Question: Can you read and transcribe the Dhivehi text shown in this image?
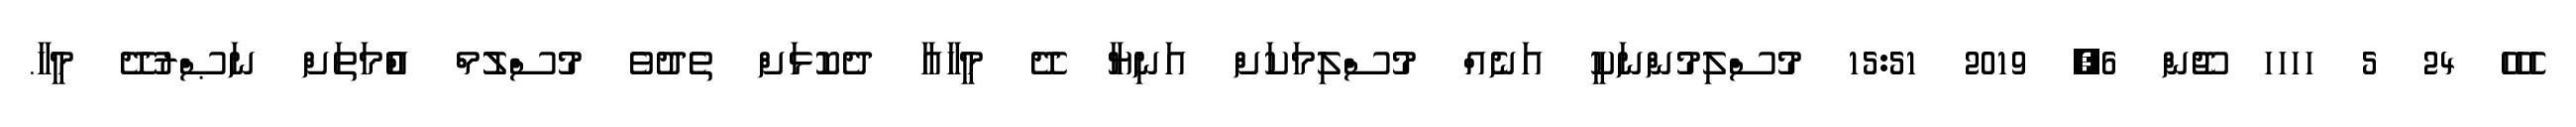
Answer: ހެހެހެ 24 5 ހހހހ ޖޫން 6, 2019 15:51 މުސްލިމުންނަކީ އަނެއް މުސްލިމަކަށް އަނިޔާ ދޭ މީހާއާ ދެކޮޅަށް ތެދުވެ މުސްލުމް އުެްމަތަށް ނަޞްރުދޭ މީހާ.